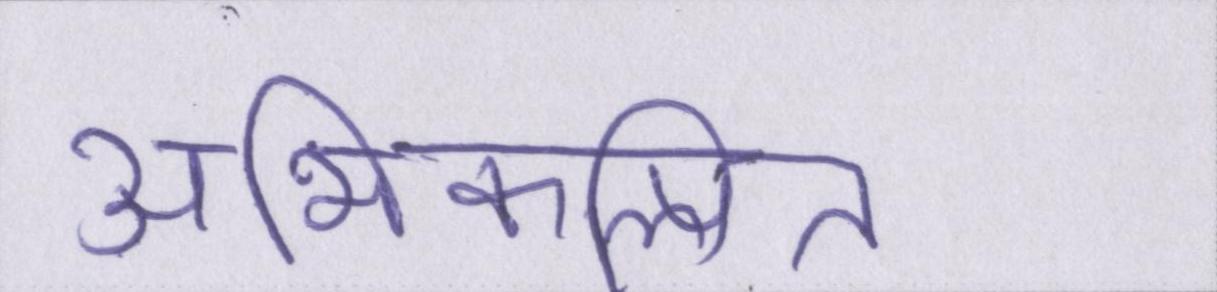
अभिकल्पित